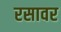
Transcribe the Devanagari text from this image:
रसावर